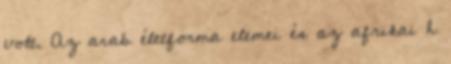
volt. Az arab életforma elemei és az afrikai h